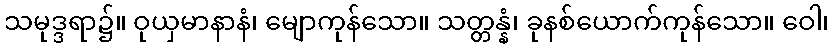
သမုဒ္ဒရာ၌။ ဝုယှမာနာနံ၊ မျောကုန်သော။ သတ္တန္နံ၊ ခုနစ်ယောက်ကုန်သော။ ဝေါ၊